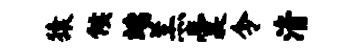
猿候端羔囊令清